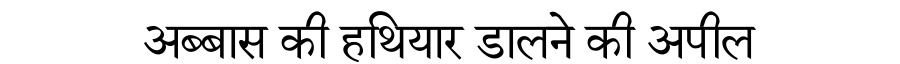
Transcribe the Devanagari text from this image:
अब्बास की हथियार डालने की अपील